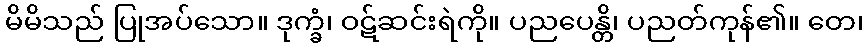
မိမိသည် ပြုအပ်သော။ ဒုက္ခံ၊ ဝဋ်ဆင်းရဲကို။ ပညပေန္တိ၊ ပညတ်ကုန်၏။ တေ၊